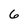
Character: 6